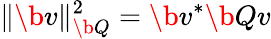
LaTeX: \| \b{v}\| _{\b{Q}}^{2}=\b{v}^{*}\b{Qv}